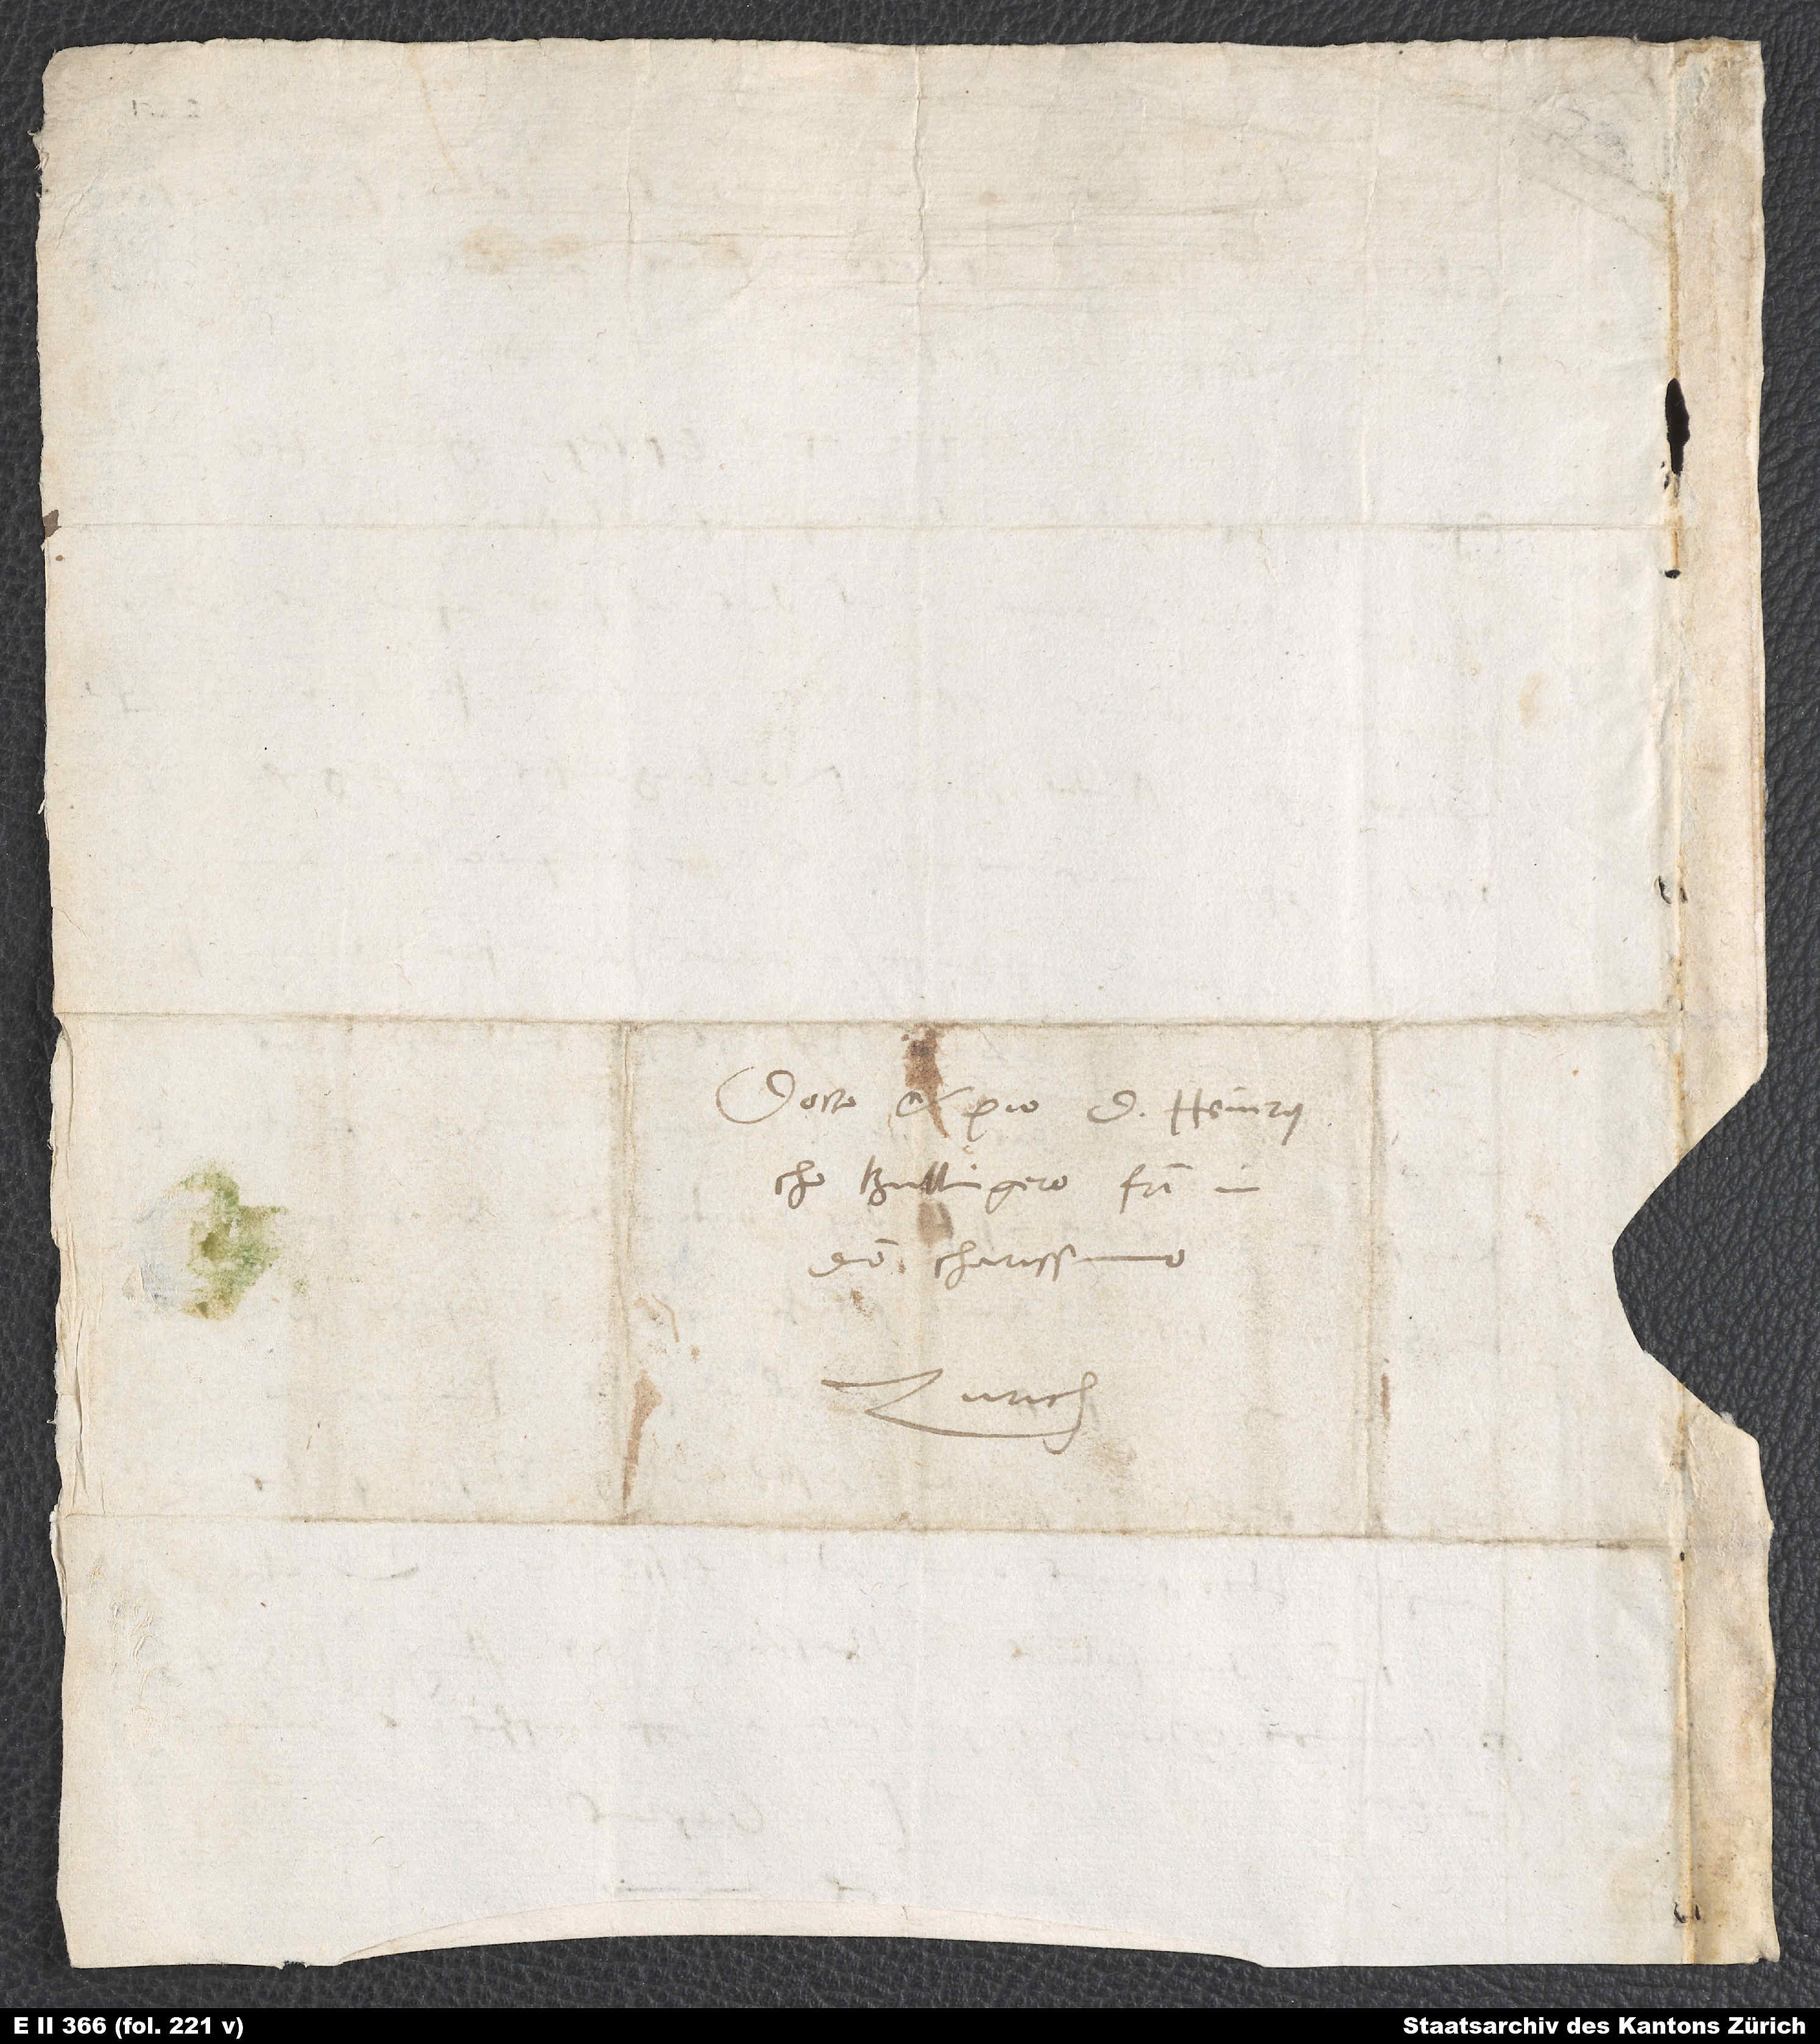
Docto et pio d. Heinrycho
Bullingero, fratri in
domino charissimo.
Zurich.